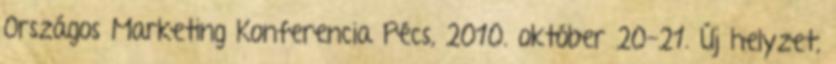
Országos Marketing Konferencia Pécs, 2010. október 20-21. Új helyzet,